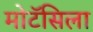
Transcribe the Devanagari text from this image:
मोटॅसिला